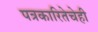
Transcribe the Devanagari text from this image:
पत्रकारितेचेही